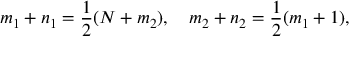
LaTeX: m _ { 1 } + n _ { 1 } = \frac { 1 } { 2 } ( N + m _ { 2 } ) , \quad m _ { 2 } + n _ { 2 } = \frac { 1 } { 2 } ( m _ { 1 } + 1 ) ,